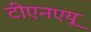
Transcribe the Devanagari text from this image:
टीएनएयू